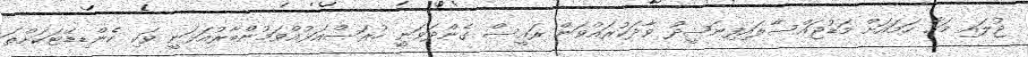
ޖުލައި މަހާ ހަމައަށް މަޑުޖައްސާލައިފިނަޝީދު ވާދަކުރައްވަން ރައީސް ގެންދަވަނީ ހުރަސްއަޅުއްވަމުންބާރުއަޅަނީ ވަކި ކެންޑިޑޭޓަކަށްތަ